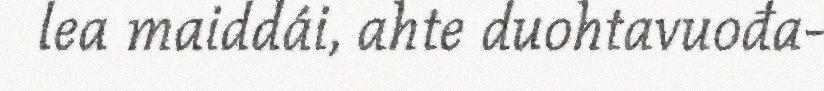
lea maiddái, ahte duohtavuođa-